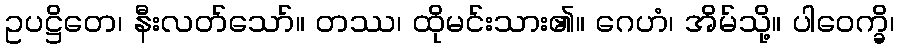
ဥပဋ္ဌိတေ၊ နီးလတ်သော်။ တဿ၊ ထိုမင်းသား၏။ ဂေဟံ၊ အိမ်သို့။ ပါဝေက္ခိ၊